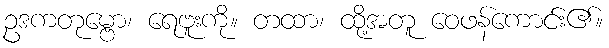
ဥဒကတုမ္ဗော၊ ရေဗူးကို။ တထာ၊ ထို့အတူ ဝေဖန်ကောင်း၏။